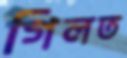
গিলত